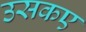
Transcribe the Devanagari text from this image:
उसकए